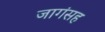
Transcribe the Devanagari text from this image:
जागंसह